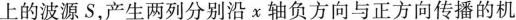
上的波源S，产生两列分别沿χ轴负方向与正方向传播的机